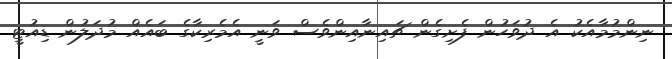
ނިންމުމާއެކު އެ ދުވަހުން ފެށިގެން ޗައިނާއިންވެސް ވަނީ އެމެރިކާގެ ބައެއް މުދަލުން ޑިއުޓީ